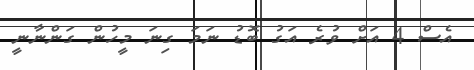
އެސް 4 އަށް ވުރެ އަގު ބޮޑު ނަމަ ގިނަ މީހުން ގަންނާނީ